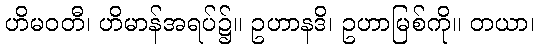
ဟိမဝတီ၊ ဟိမာန်အရပ်၌။ ဥဟာနဒိ၊ ဥဟာမြစ်ကို။ တယာ၊